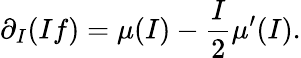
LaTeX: \partial_{I}(If)=\mu(I)-\frac{I}{2}\mu^{\prime}(I).